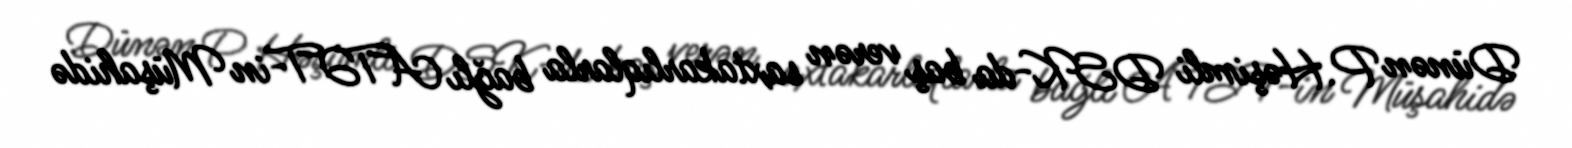
Dünən P.Həşimli DSK-da baş verən saxtakarlıqlarla bağlı ATƏT-in Müşahidə